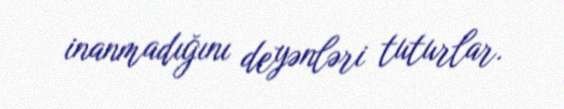
inanmadığını deyənləri tuturlar.